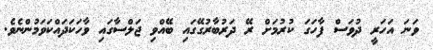
ވަނަ އަހަރީ ދުވަސް ފާހަގަ ކުރުމަށް ރޭ ދަރުބާރުގޭގައި ބޭއްވި ޖަލްސާގައި ވާހަކަދައްކަވަމުންނެވެ.